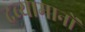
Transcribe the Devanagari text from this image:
द्रब्यामानों